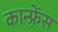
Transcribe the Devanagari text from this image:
कान्फ़्रेंस